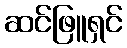
ဆင်ဖြူရှင်